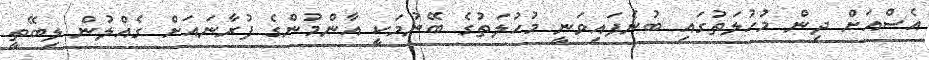
އެސްއަށް ދިން މުހުލަތުގައި ބުނެފައިވަނީ މުހުލަތުގެ ބޭނުމަކީ އާންމުންގެ ފުރާނައަށް ގެއްލުން ލިބޭތީ